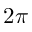
2 \pi